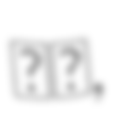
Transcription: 良純,